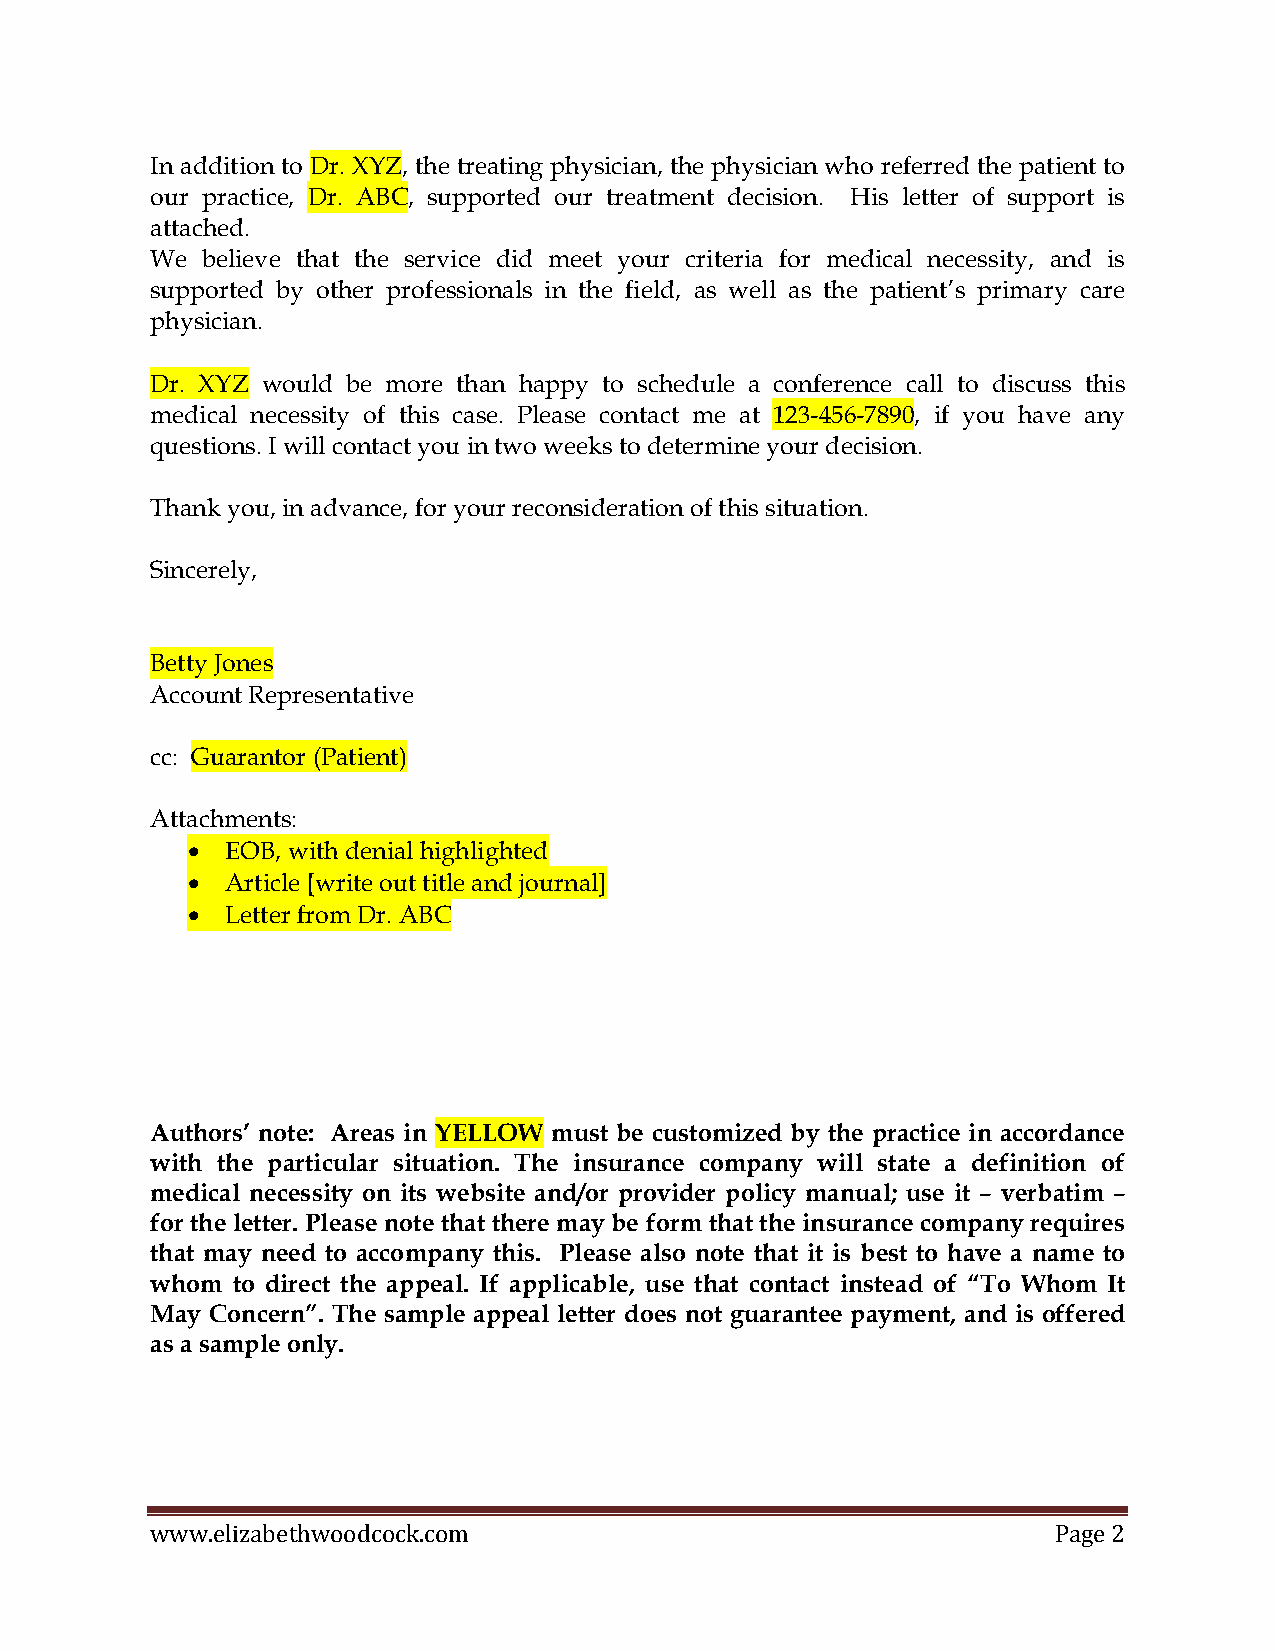
In addition to Dr. XYZ, the treating physician, the physician who referred the patient to
 our practice, Dr. ABC, supported our treatment decision. His letter of support is
 attached.
 We believe that the service did meet your criteria for medical necessity, and is
 supported by other professionals in the field, as well as the patient’s primary care
 physician.
 Dr. XYZ would be more than happy to schedule a conference call to discuss this
 medical necessity of this case. Please contact me at 123-456-7890, if you have any
 questions. I will contact you in two weeks to determine your decision.
 Thank you, in advance, for your reconsideration of this situation.
 Sincerely,
 Betty Jones
 Account Representative
 cc: Guarantor (Patient)
 Attachments:
 •  EOB, with denial highlighted
 •  Article [write out title and journal]
 •  Letter from Dr. ABC
 Authors’ note: Areas in YELLOW must be customized by the practice in accordance
 with the particular situation. The insurance company will state a definition of
 medical necessity on its website and/or provider policy manual; use it – verbatim –
 for the letter. Please note that there may be form that the insurance company requires
 that may need to accompany this. Please also note that it is best to have a name to
 whom to direct the appeal. If applicable, use that contact instead of “To Whom It
 May Concern”. The sample appeal letter does not guarantee payment, and is offered
 as a sample only.
 www.elizabethwoodcock.com                                   Page 2